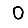
Digit: 0